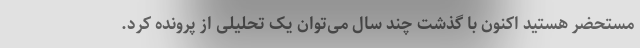
مستحضر هستید اکنون با گذشت چند سال می‌توان یک تحلیلی از پرونده کرد.